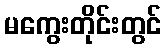
မကွေးတိုင်းတွင်